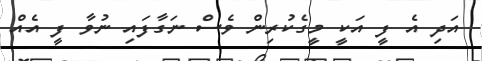
އަދި އެ ފީ އަކީ މީގެކުރިން ވެސް ނަގާފައި ނުވާ ފީ އެއް